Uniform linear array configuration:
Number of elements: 32
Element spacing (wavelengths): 0.25
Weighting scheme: hamming
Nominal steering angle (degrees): -15
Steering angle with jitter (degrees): -14.776
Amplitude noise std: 0.05
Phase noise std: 0.05

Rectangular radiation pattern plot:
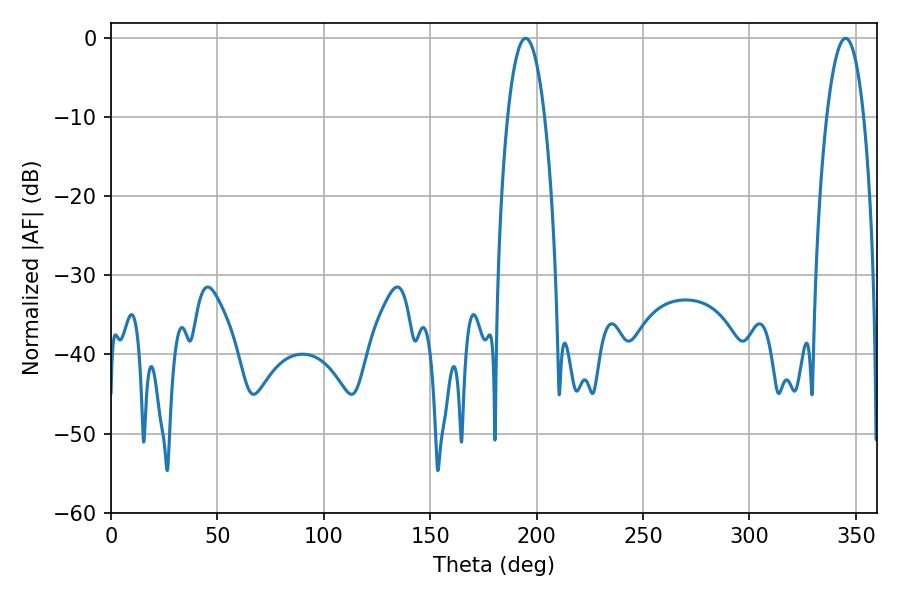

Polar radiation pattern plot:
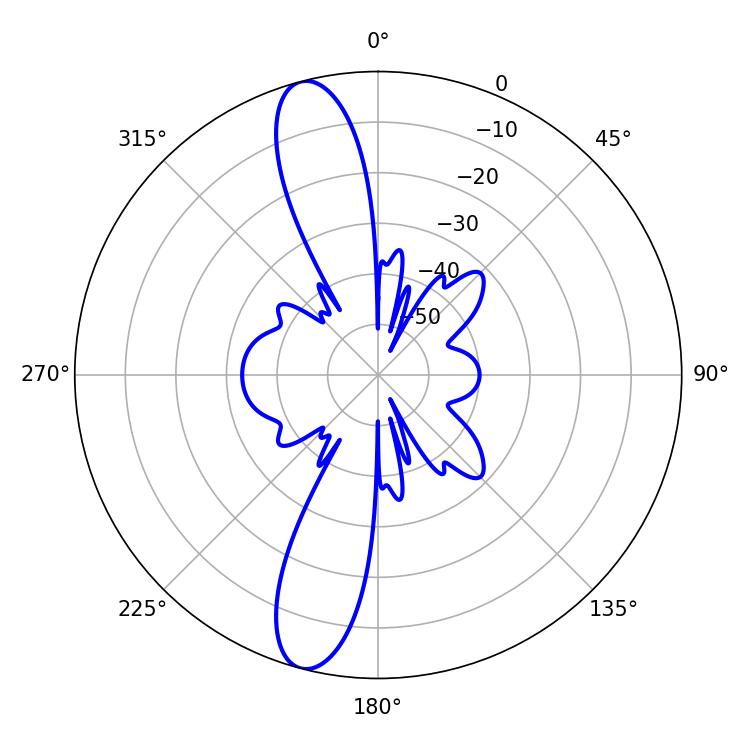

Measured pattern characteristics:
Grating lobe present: FALSE
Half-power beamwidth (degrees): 9.72
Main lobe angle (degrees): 194.76